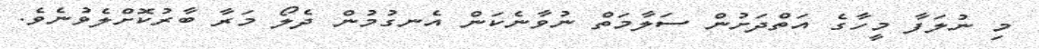
މި ނުލަފާ މީހާގެ އަތްދަށުން ސަލާމަތް ނުވާނެކަން އެނގުމުން ދެލޯ މަރާ ބާރުކޮށްލެވުނެވެ.